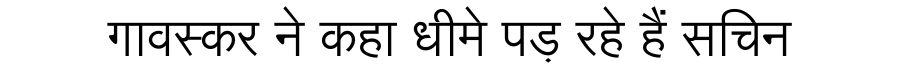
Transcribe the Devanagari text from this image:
गावस्कर ने कहा धीमे पड़ रहे हैं सचिन